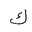
Letter: _kaf